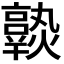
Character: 𤒆